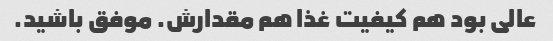
عالی بود هم کیفیت غذا هم مقدارش. موفق باشید.